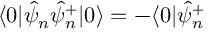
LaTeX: \langle 0 | \hat { \psi } _ { n } \hat { \psi } _ { n } ^ { + } | 0 \rangle = - \langle 0 | \hat { \psi } _ { n } ^ { + }